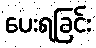
ပေးရခြင်း